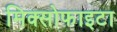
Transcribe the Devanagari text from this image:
मिक्सोफाइटा